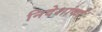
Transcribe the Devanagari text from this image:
निदेशांकों